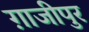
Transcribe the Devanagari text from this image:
ग़ाजीपुर